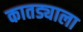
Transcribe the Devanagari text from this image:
कातड्याला